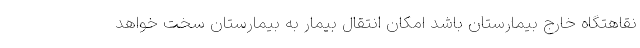
نقاهتگاه خارج بیمارستان باشد امکان انتقال بیمار به بیمارستان سخت خواهد